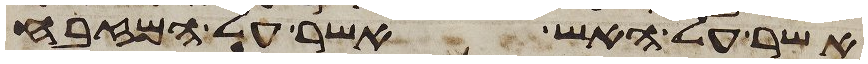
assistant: אשר על האש אשר על המזבח